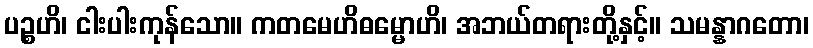
ပဉ္စဟိ၊ ငါးပါးကုန်သော။ ကတမေဟိဓမ္မောဟိ၊ အဘယ်တရားတို့နှင့်။ သမန္နာဂတော၊